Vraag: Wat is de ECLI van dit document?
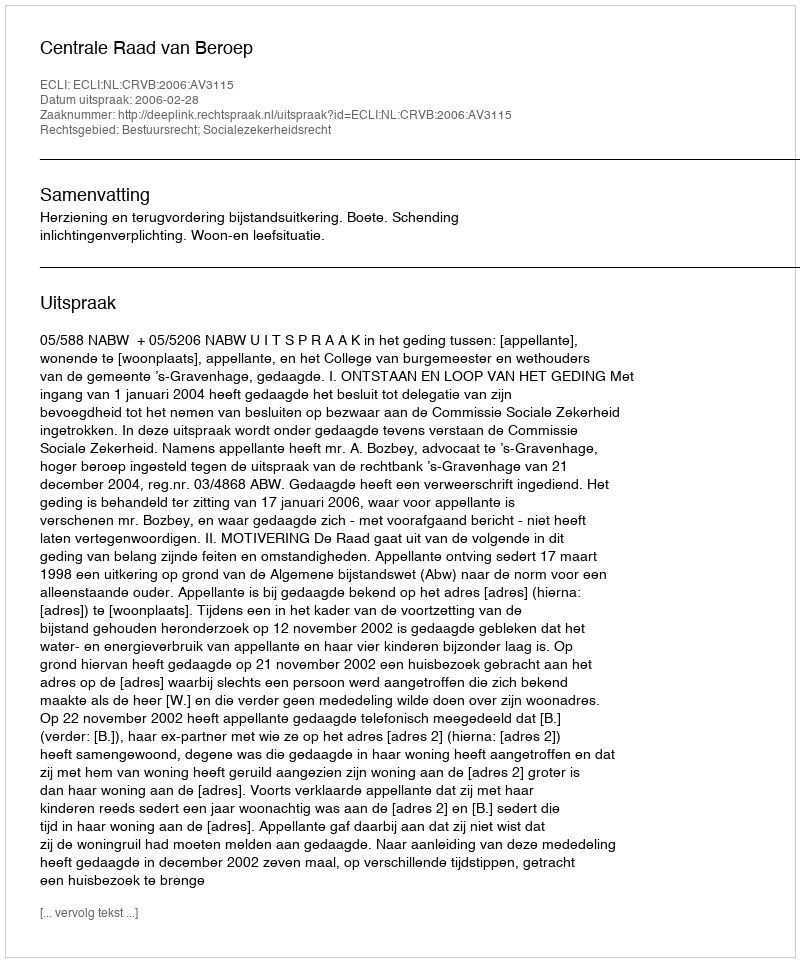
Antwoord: ECLI:NL:CRVB:2006:AV3115